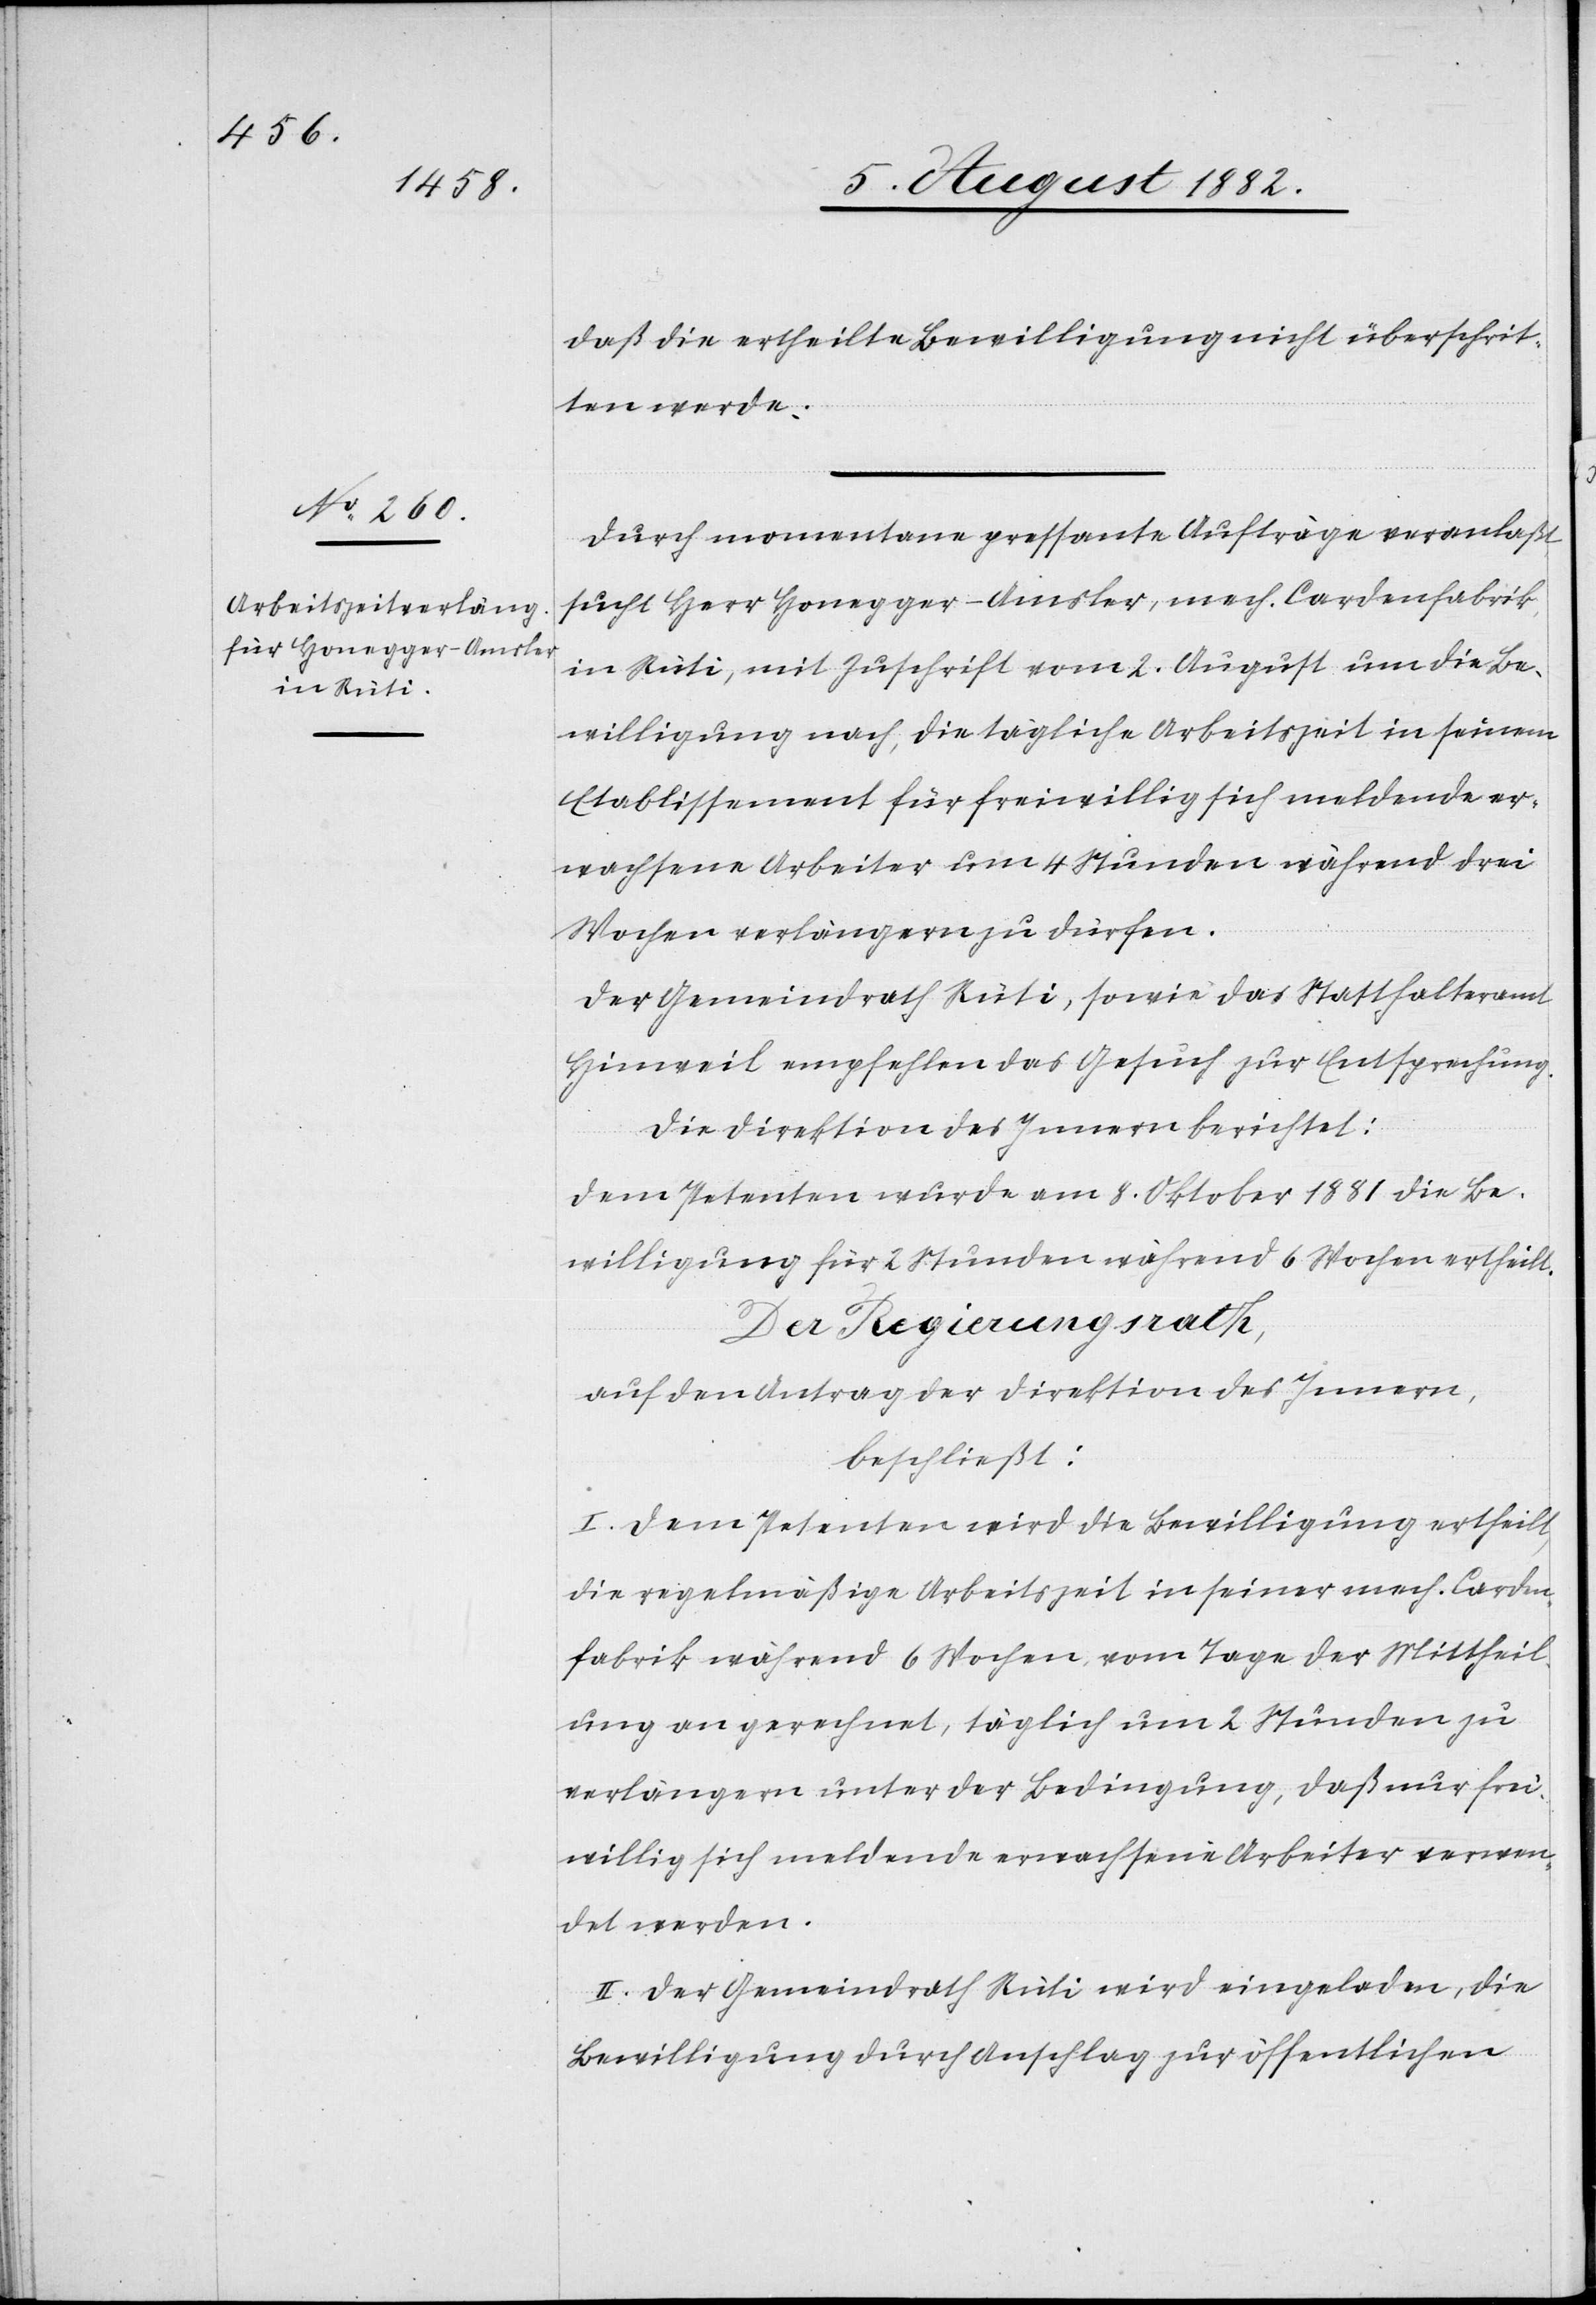
daß die ertheilte Bewilligung nicht überschrit¬
ten werde.
Durch momentane pressante Aufträge veranlaßt,
sucht Herr Honegger-Amsler, mech. Cardenfabrik
in Rüti, mit Zuschrift vom 2. August um die Be¬
willigung nach, die tägliche Arbeitszeit in seinem
Etablissement für freiwillig sich meldende er¬
wachsene Arbeiter um 4 Stunden während drei
Wochen verlängern zu dürfen.
Der Gemeindrath Rüti, sowie das Statthalteramt
Hinweil empfehlen das Gesuch zur Entsprechung.
Die Direktion des Innern berichtet:
Dem Petenten wurde am 8. Oktober 1881 die Be¬
willigung für 2 Stunden während 6 Wochen ertheilt.
Der Regierungsrath,
auf den Antrag der Direktion des Innern,
beschließt:
I. Dem Petenten wird die Bewilligung ertheilt,
die regelmäßige Arbeitszeit in seiner mech. Carden¬
fabrik während 6 Wochen, vom Tage der Mittheil¬
ung an gerechnet, täglich um 2 Stunden zu
verlängern unter der Bedingung, daß nur frei¬
willig sich meldende erwachsene Arbeiter verwen¬
det werden.
II. Der Gemeindrath Rüti wird eingeladen, die
Bewilligung durch Anschlag zur öffentlichen